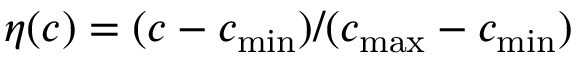
\eta ( c ) = ( c - c _ { \operatorname* { m i n } } ) / ( c _ { \operatorname* { m a x } } - c _ { \operatorname* { m i n } } )